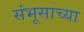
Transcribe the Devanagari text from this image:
संभूसाच्या